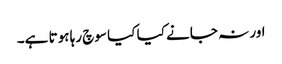
اور نہ جانے کیا کیا سوچ رہا ہوتا ہے۔